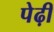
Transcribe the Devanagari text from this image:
पेढ़ी